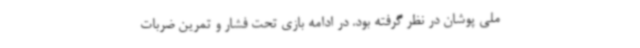
ملی پوشان در نظر گرفته بود. در ادامه بازی تحت فشار و تمرین ضربات